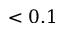
< 0 . 1